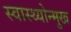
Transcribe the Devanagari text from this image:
स्वास्थ्योन्मुख